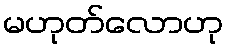
မဟုတ်လောဟု